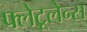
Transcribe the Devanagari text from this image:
फ्लेटूलेन्स